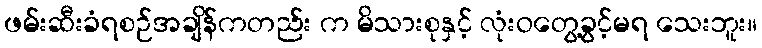
ဖမ်းဆီးခံရစဉ်အချိန်ကတည်း က မိသားစုနှင့် လုံးဝတွေ့ခွင့်မရ သေးဘူး။